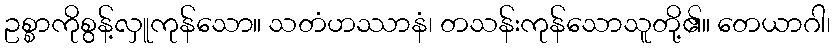
ဥစ္စာကိုစွန့်လှူကုန်သော။ သတံဟဿာနံ၊ တသန်းကုန်သောသူတို့၏။ တေယာဂါ၊